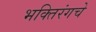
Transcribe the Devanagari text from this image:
भक्तिरंगचे